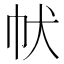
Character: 𤜧